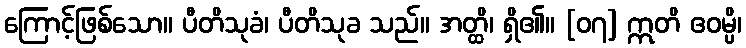
ကြောင့်ဖြစ်သော။ ပီတိသုခံ၊ ပီတိသုခ သည်။ အတ္ထိ၊ ရှိ၏။ [၀၇] ဣတိ ဧဝမ္ပိ၊